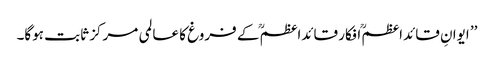
’’ ایوانِ قائداعظمؒ افکار قائداعظمؒ کے فروغ کا عالمی مرکز ثابت ہوگا۔